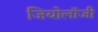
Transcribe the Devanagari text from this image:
जियोलाॅजी